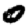
Digit: 0